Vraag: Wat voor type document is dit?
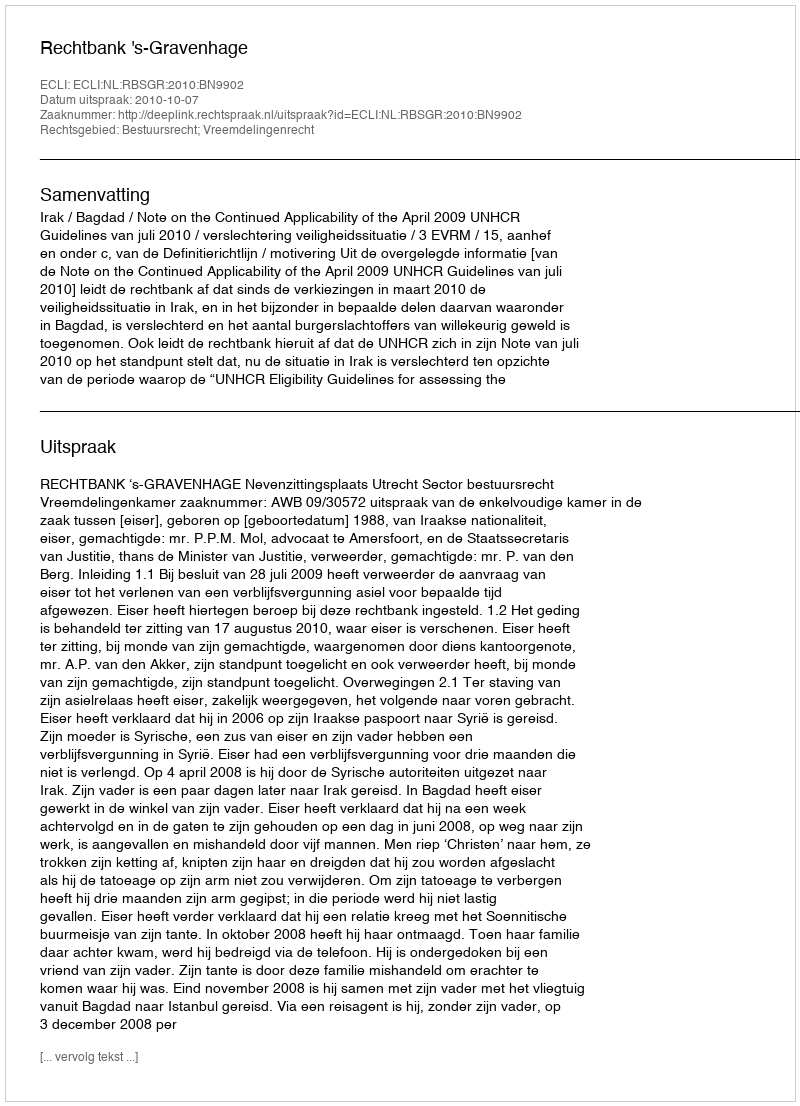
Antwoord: Uitspraak